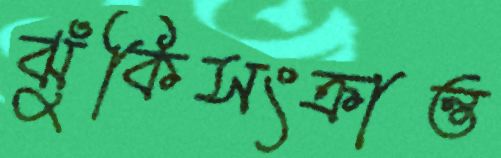
ঝুঁকিসংক্রান্ত